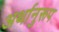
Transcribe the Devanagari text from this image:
अर्थानुरूप